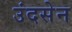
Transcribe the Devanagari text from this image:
उंदसेन